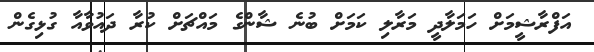
އަފްރާޝީމަށް ހަމަލާދީ މަރާލި ކަމަށް ބުނެ ޝާންގެ މައްޗަށް ކުރާ ދައުވާއާ ގުޅިގެން